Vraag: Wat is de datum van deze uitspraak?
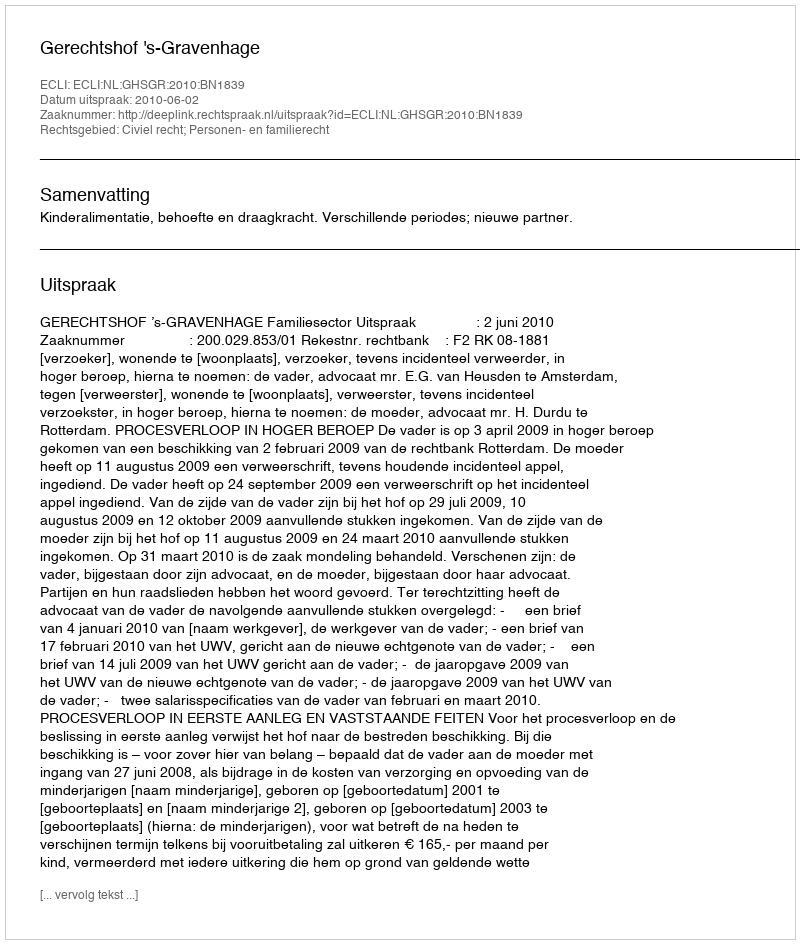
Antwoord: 2010-06-02